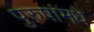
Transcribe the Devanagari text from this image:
पुरुषांमधे